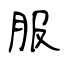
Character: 服